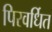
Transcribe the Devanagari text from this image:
पिरवर्धित